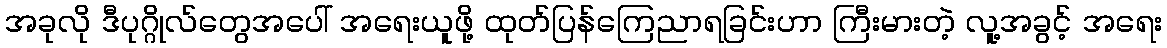
အခုလို ဒီပုဂ္ဂိုလ်တွေအပေါ် အရေးယူဖို့ ထုတ်ပြန်ကြေညာရခြင်းဟာ ကြီးမားတဲ့ လူ့အခွင့် အရေး